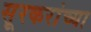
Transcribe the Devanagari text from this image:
सूरकरांच्या